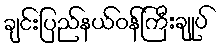
ချင်းပြည်နယ်ဝန်ကြီးချုပ်